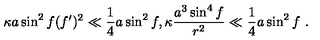
\kappa a \sin ^ { 2 } f ( f ^ { \prime } ) ^ { 2 } \ll \frac { 1 } { 4 } a \sin ^ { 2 } f , \kappa \frac { a ^ { 3 } \sin ^ { 4 } f } { r ^ { 2 } } \ll \frac { 1 } { 4 } a \sin ^ { 2 } f \ .